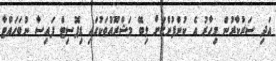
އަދި ސަރުކާރުން މިހާރު އެ ކުންފުންޏަށް ލިބޭ މަޝްރޫއުތަކުގައި ޑިޕޮސިޓް ފައިސާ ނުބަހައްޓާ